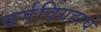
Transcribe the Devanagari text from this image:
वर्गविग्रहाचे